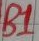
Text: B1